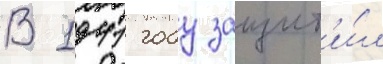
В 1941 году защит'и́л